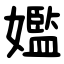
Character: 㜮